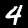
Digit: 4